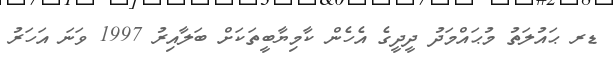
ޑރ ޙައުލަތު މުޙައްމަދު ދީދީގެ އެހެން ކާމިޔާބީތަކަށް ބަލާއިރު 1997 ވަނަ އަހަރު